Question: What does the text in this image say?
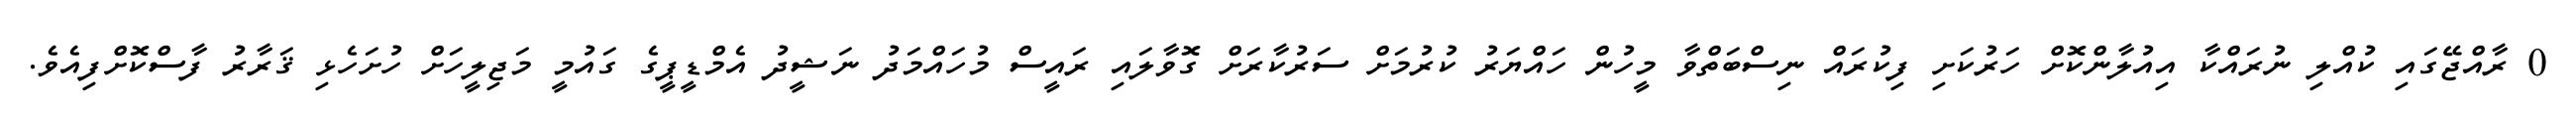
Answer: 0 ރާއްޖޭގައި ކުއްލި ނުރައްކާ އިއުލާންކޮށް ހަރުކަށި ފިކުރައް ނިސްބަތްވާ މީހުން ހައްޔަރު ކުރުމަށް ސަރުކާރަށް ގޮވާލައި ރައީސް މުހައްމަދު ނަޝީދު އެމްޑީޕީގެ ގައުމީ މަޖިލީހަށް ހުށަހެޅި ޤަރާރު ފާސްކޮށްފިއެވެ.